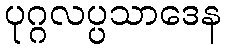
ပုဂ္ဂလပ္ပသာဒေန